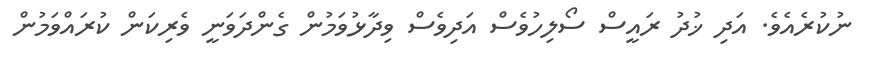
ނުކުރެއެވެ. އަދި ޚުދު ރައީސް ސޯލިހުވެސް އަދިވެސް ވިދާޅުވަމުން ގެންދަވަނީ ވެރިކަން ކުރައްވަމުން